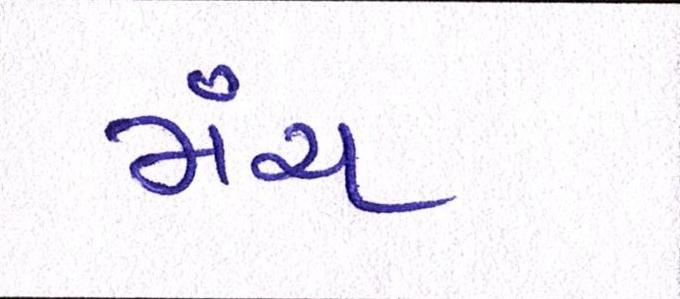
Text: મંચ